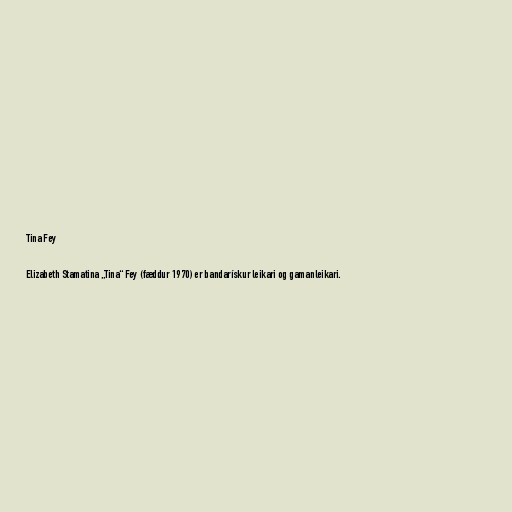
Tina Fey

Elizabeth Stamatina „Tina“ Fey (fæddur 1970) er bandarískur leikari og gamanleikari.